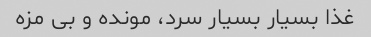
غذا بسیار بسیار سرد، مونده و بی مزه